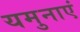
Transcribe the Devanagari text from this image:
यमुनाएं